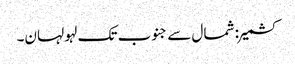
کشمیر: شمال سے جنوب تک لہو لہان۔